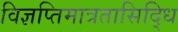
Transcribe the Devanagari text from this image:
विज्ञप्तिमात्रतासिद्धि